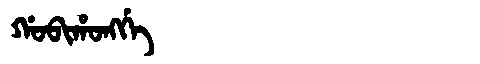
Manchu: ᡤᠣᠪᡳᡥᠣᠩᡤᡝ
Romanization: GOBIHONGGE